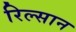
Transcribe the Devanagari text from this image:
रिल्सान